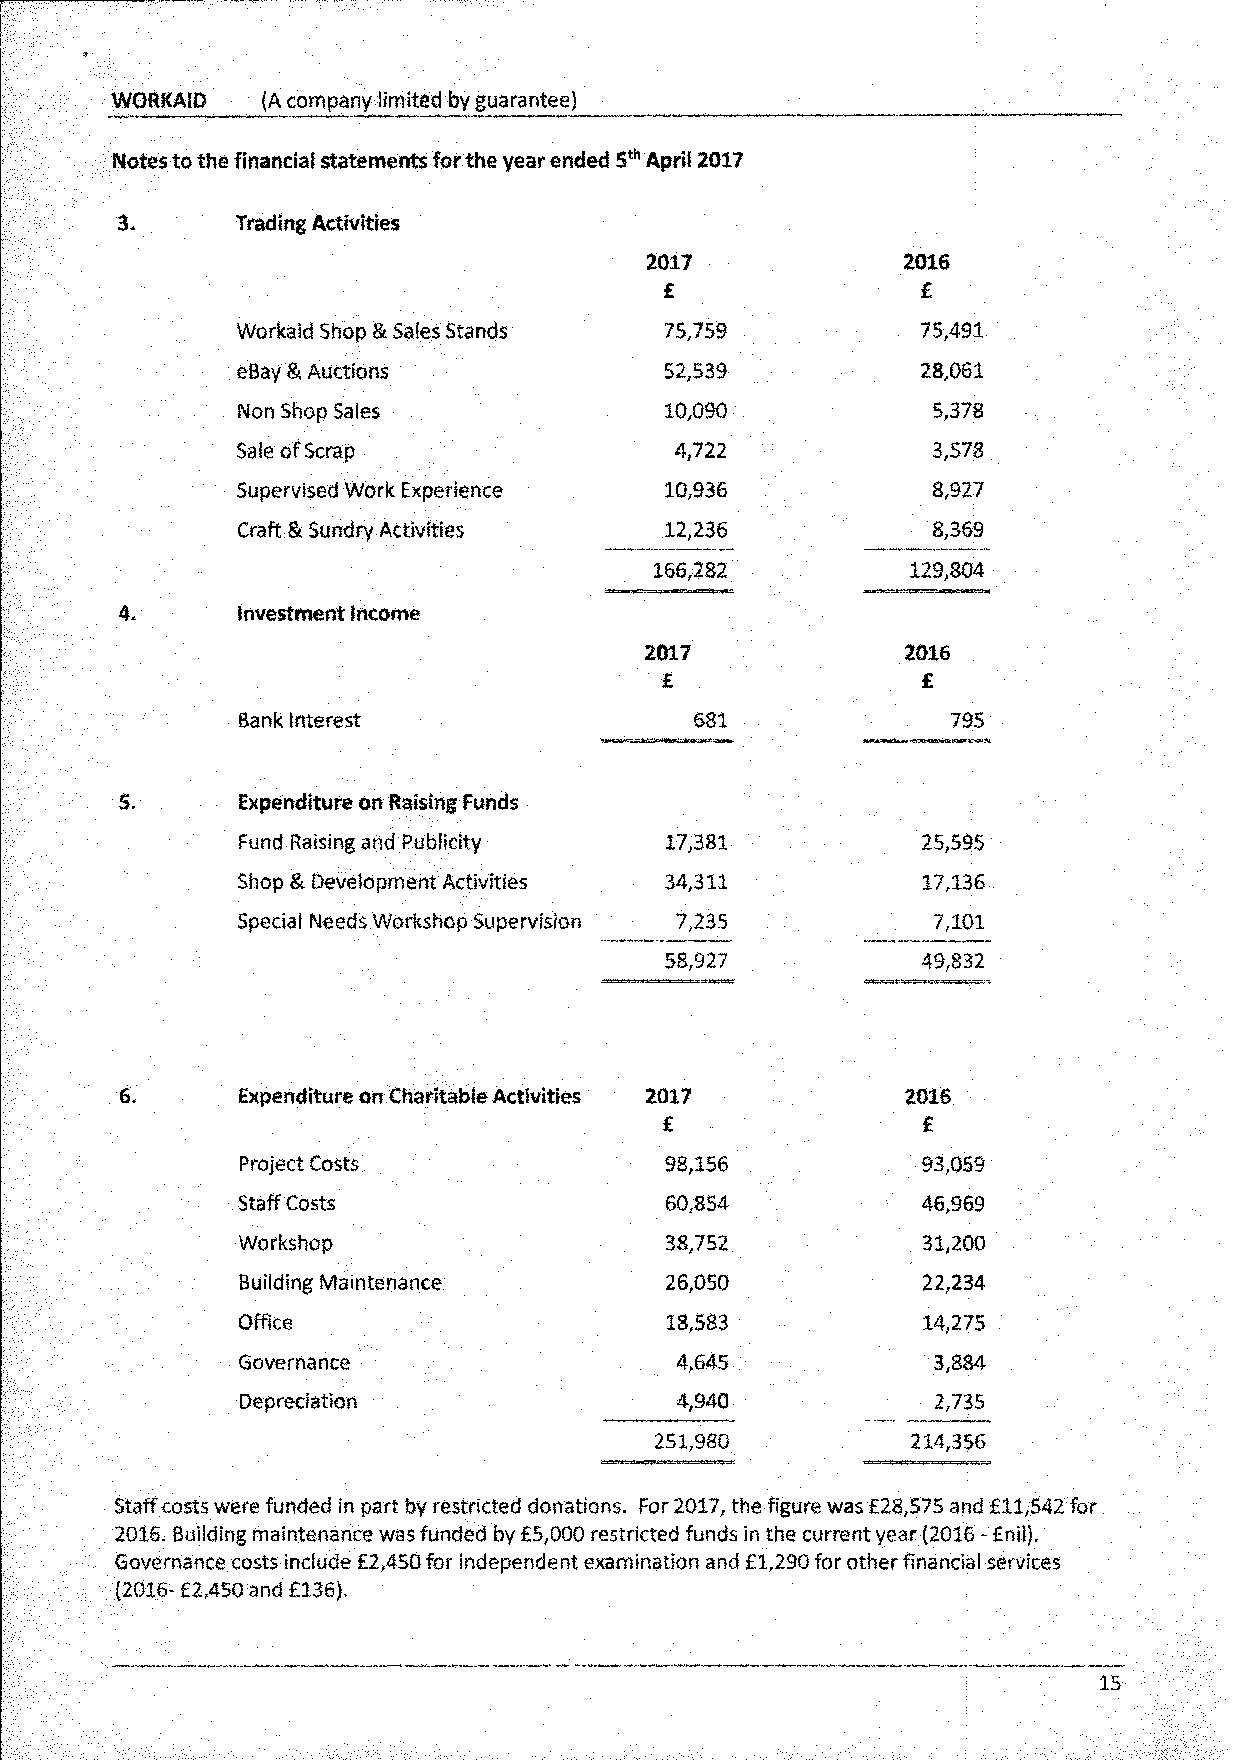
WORKAID   (A company limited by guarantee)
 Notes to the financial statements for the year ended 5th April 2017
 Trading Activities
 2017             2016
 £                £
 Workaid Shop & Sales Stands 75,759           75,491
 eBay & Auctions             52,539           28,061
 Non Shop Sales              10,090            5,378
 Sale of Scrap                4,722            3,578
 Supervised Work Experience  10,936            8,927
 Craft & Sundry Activities   12,236            8,369
 166,282          129,804
 Investment Income
 2017             2016
 £                £
 Bank Interest                 681              795
 Expenditure on Raising Funds
 Fund Raising and Publicity  17,381           25,595
 Shop & Development Activities 34,311         17,136
 Special Needs Workshop Supervision 7,235      7,101
 58,927           49,832
 Expenditure on Charitable Activities 2017   2016
 £                £
 Project Costs               98,156           93,059
 Staff Costs                 60,854           46,969
 Workshop                    38,752           31,200
 Building Maintenance        26,050           22,234
 Office                      18,583           14,275
 Governance                   4,645            3,884
 Depreciation                 4,940            2,735
 251,980          214,356
 Staff costs were funded in part by restricted donations. For 2017, the figure was £28,575 and £11,542 for
 2016, Building maintenance was funded by £5,000 restricted funds in the current year (2016 - £nil).
 Governance costs include £2,450 for independent examination and £1,290 for other financial services
 {2016- £2,450 and £136),
 15